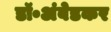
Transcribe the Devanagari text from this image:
डॉ॰अंबेडकर